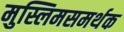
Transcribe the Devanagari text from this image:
मुस्लिमसमर्थक